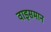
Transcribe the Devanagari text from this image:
वाइसमान